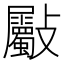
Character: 𣀻